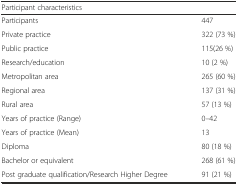
<table><thead><tr><td colspan="2"><b>Participant characteristics</b></td></tr></thead><tbody><tr><td>Participants</td><td>447</td></tr><tr><td>Private practice</td><td>322 (73 %)</td></tr><tr><td>Public practice</td><td>115(26 %)</td></tr><tr><td>Research/education</td><td>10 (2 %)</td></tr><tr><td>Metropolitan area</td><td>265 (60 %)</td></tr><tr><td>Regional area</td><td>137 (31 %)</td></tr><tr><td>Rural area</td><td>57 (13 %)</td></tr><tr><td>Years of practice (Range)</td><td>0–42</td></tr><tr><td>Years of practice (Mean)</td><td>13</td></tr><tr><td>Diploma</td><td>80 (18 %)</td></tr><tr><td>Bachelor or equivalent</td><td>268 (61 %)</td></tr><tr><td>Post graduate qualification/Research Higher Degree</td><td>91 (21 %)</td></tr></tbody></table>